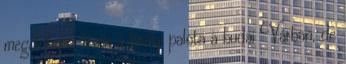
megoldható, lévén a királyi palota a budai Várban, de